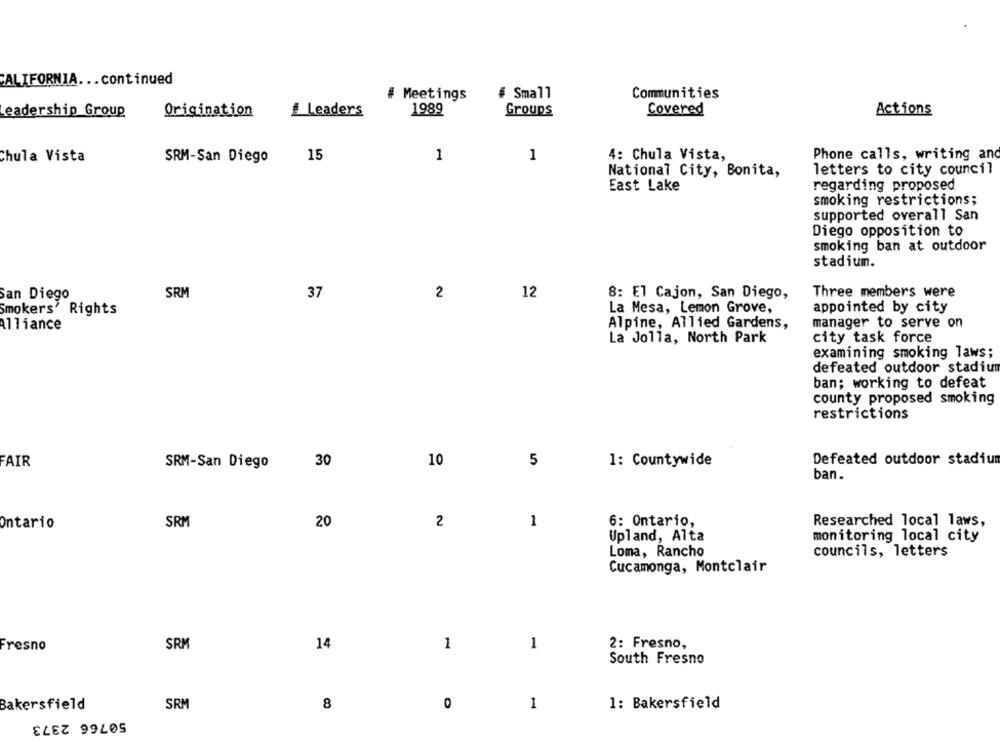
CALIFORNIA ... continued
# Meetings
# Small
Communities
# Leaders
1989
Groups
Covered
Actions
Leadership Group
Origination
1
Phone calls, writing and
Chula Vista
SRM-San Diego
15
1
4: Chula Vista,
letters to city council
National City, Bonita,
regarding proposed
East Lake
smoking restrictions;
supported overall San
Diego opposition to
smoking ban at outdoor
stadium.
San Diego
SRM
37
2
12
8: El Cajon, San Diego,
Three members were
Smokers' Rights
La Mesa, Lemon Grove,
appointed by city
Alliance
Alpine, Allied Gardens,
manager to serve on
La Jolla, North Park
city task force
examining smoking laws;
defeated outdoor stadium
ban; working to defeat
county proposed smoking
restrictions
Defeated outdoor stadium
FAIR
SRM-San Diego
30
10
5
1: Countywide
ban.
Ontario
SRM
20
2
1
6: Ontario,
Researched local laws,
Upland, Alta
monitoring local city
Loma, Rancho
councils, letters
Cucamonga, Montclair
SRM
14
1
1
2: Fresno,
Fresno
South Fresno
0
1
1: Bakersfield
Bakersfield
SRM
8
50766 2373